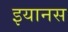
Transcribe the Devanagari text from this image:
इयानस